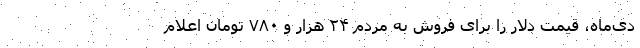
دی‌ماه، قیمت دلار را برای فروش به مردم ۲۴ هزار و ۷۸۰ تومان اعلام